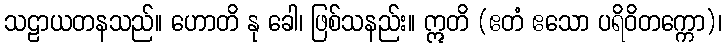
သဠာယတနသည်။ ဟောတိ နု ခေါ၊ ဖြစ်သနည်း။ ဣတိ (ဧတံ ဧသော ပရိဝိတက္ကော)၊